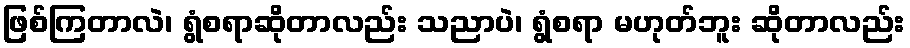
ဖြစ်ကြတာလဲ၊ ရွံစရာဆိုတာလည်း သညာပဲ၊ ရွံစရာ မဟုတ်ဘူး ဆိုတာလည်း